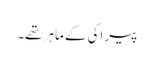
پیراکی کے ماہر تھے۔